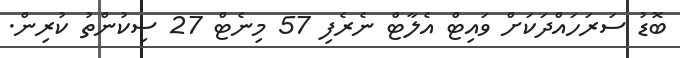
ބޮޑު ސަރަހައްދަކަށް ވައިޓް އެލާޓް ނެރެފި 57 މިނެޓް 27 ސިކުންތު ކުރިން.